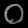
Digit: ၀